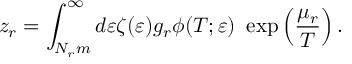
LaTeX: z _ { r } = \int _ { N _ { r } m } ^ { \infty } d \varepsilon \zeta ( \varepsilon ) g _ { r } \phi ( T ; \varepsilon ) \ \exp \left( \frac { \mu _ { r } } { T } \right) .